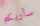
سأريكم